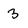
Character: 3